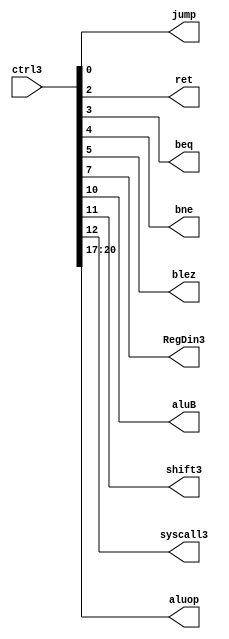
module ctrl3(
	jump,ret,beq,bne,blez,
	RegDin3,aluB,shift3,
	syscall3,aluop,
	ctrl3
    );
	input [20:0]ctrl3;
	output jump,ret,beq,bne,blez;
	output RegDin3,aluB,shift3;
	output syscall3;
	output [3:0]aluop;
	assign jump = ctrl3[0];
	assign ret = ctrl3[2];
	assign beq = ctrl3[3];
	assign bne = ctrl3[4];
	assign blez = ctrl3[5];
	assign RegDin3 = ctrl3[7];
	assign aluB = ctrl3[10];
	assign shift3 = ctrl3[11];
	assign syscall3 = ctrl3[12];
	assign aluop = ctrl3[20:17];
endmodule